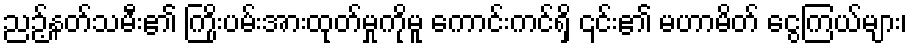
ညဉ့်နတ်သမီး၏ ကြိုးပမ်းအားထုတ်မှုကိုမူ ကောင်းကင်ရှိ ၎င်း၏ မဟာမိတ် ငွေကြယ်များ၊